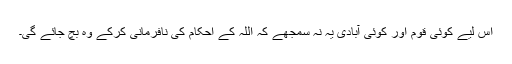
اس لیے کوئی قوم اور کوئی آبادی یہ نہ سمجھے کہ اللہ کے احکام کی نافرمانی کرکے وہ بچ جائے گی۔